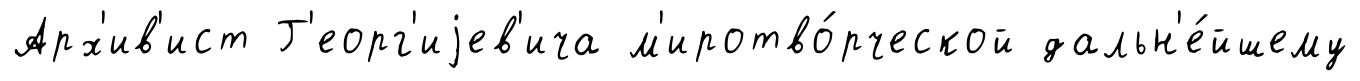
Арх'ив'ист Г'еорг'иjев'ича м'иротво́рческой дальн'е́йшему